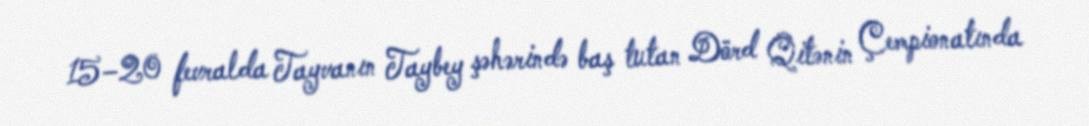
15–20 fevralda Tayvanın Taybey şəhərində baş tutan Dörd Qitənin Çempionatında